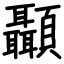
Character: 顳